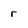
Character: r